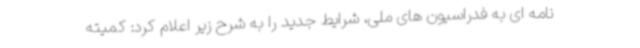
نامه ای به فدراسیون های ملی، شرایط جدید را به شرح زیر اعلام کرد: کمیته